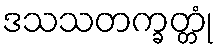
ဒသသတက္ခတ္တုံ